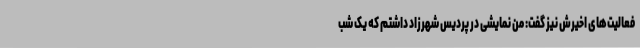
فعالیت‌های اخیرش نیز گفت: من نمایشی در پردیس شهرزاد داشتم که یک شب